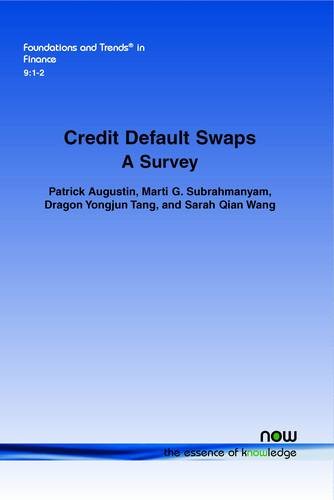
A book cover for Credit Default Swaps: A Survey (Foundations and Trends(r) in Finance); Patrick Augustin; Business & Money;